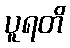
ပူရတိ